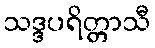
သဒ္ဒပရိတ္တာသီ